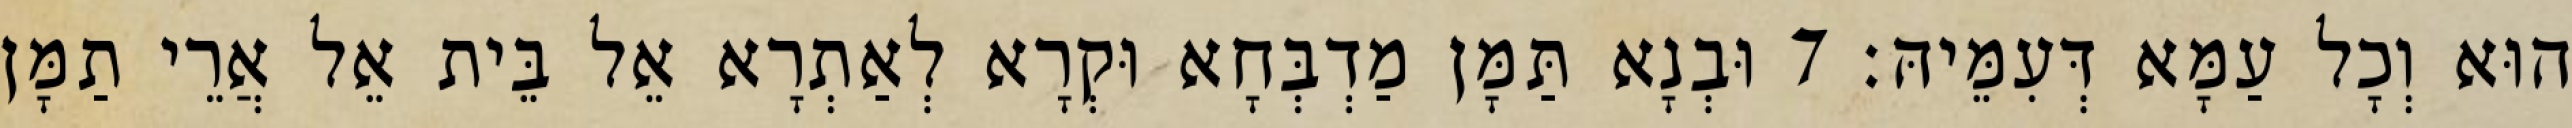
הוּא וְכָל עַמָּא דְּעִמֵּיהּ׃ 7 וּבְנָא תַּמָּן מַדְבְּחָא וּקְרָא לְאַתְרָא אֵל בֵּית אֵל אֲרֵי תַמָּן